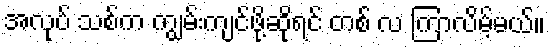
အလုပ် သစ်က ကျွမ်းကျင်ဖို့ဆိုရင် တစ် လ ကြာလိမ့်မယ်။